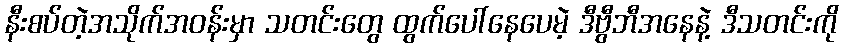
နီးစပ်တဲ့အသိုက်အဝန်းမှာ သတင်းတွေ ထွက်ပေါ်နေပေမဲ့ ဒီဗွီဘီအနေနဲ့ ဒီသတင်းကို